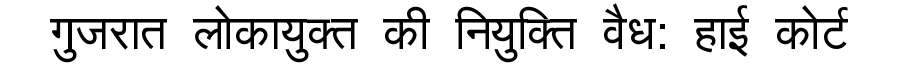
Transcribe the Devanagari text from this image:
गुजरात लोकायुक्त की नियुक्ति वैध: हाई कोर्ट